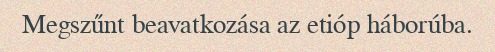
Megszűnt beavatkozása az etióp háborúba.